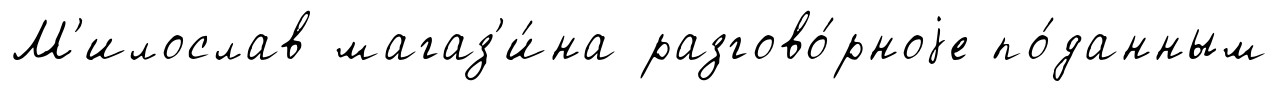
М'илослав магаз'и́на разгово́рноjе по́данным